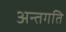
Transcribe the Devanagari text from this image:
अन्तगति